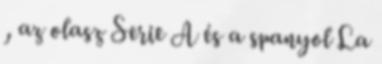
, az olasz Serie A és a spanyol La